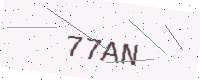
Text: 77AN